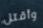
وأقتل